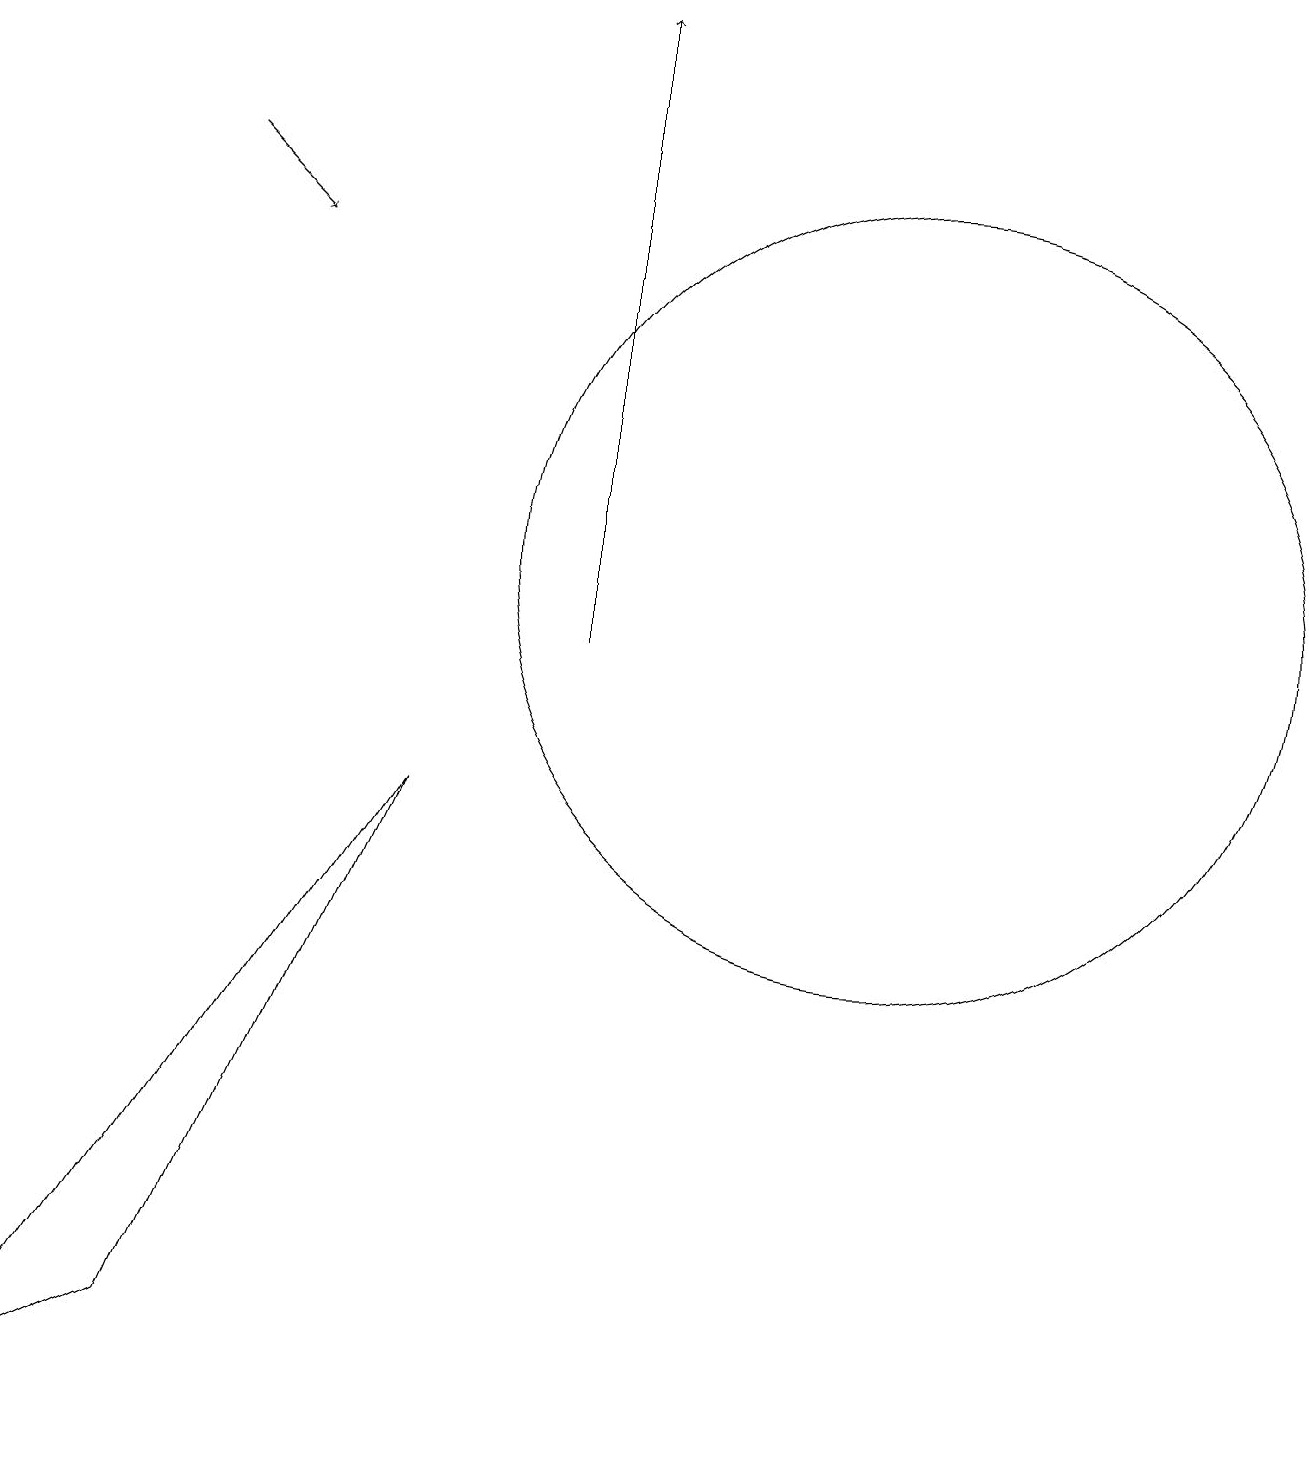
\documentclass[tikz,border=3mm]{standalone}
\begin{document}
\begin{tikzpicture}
\draw[->] (7,11) -- (7,19);
\draw (11,12) circle (5);
\draw (0,1) -- (2,2) -- (5,9) -- cycle;
\draw[->] (2,17) -- (3,16);
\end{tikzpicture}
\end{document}